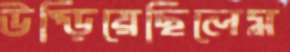
উপ্‌ড়িয়েছিলেম